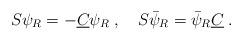
LaTeX: \begin{align*}S \psi_R = - \underline{C} \psi_R \; , \quad S \bar{\psi}_R =\bar{\psi}_R \underline{C} \; . \end{align*}